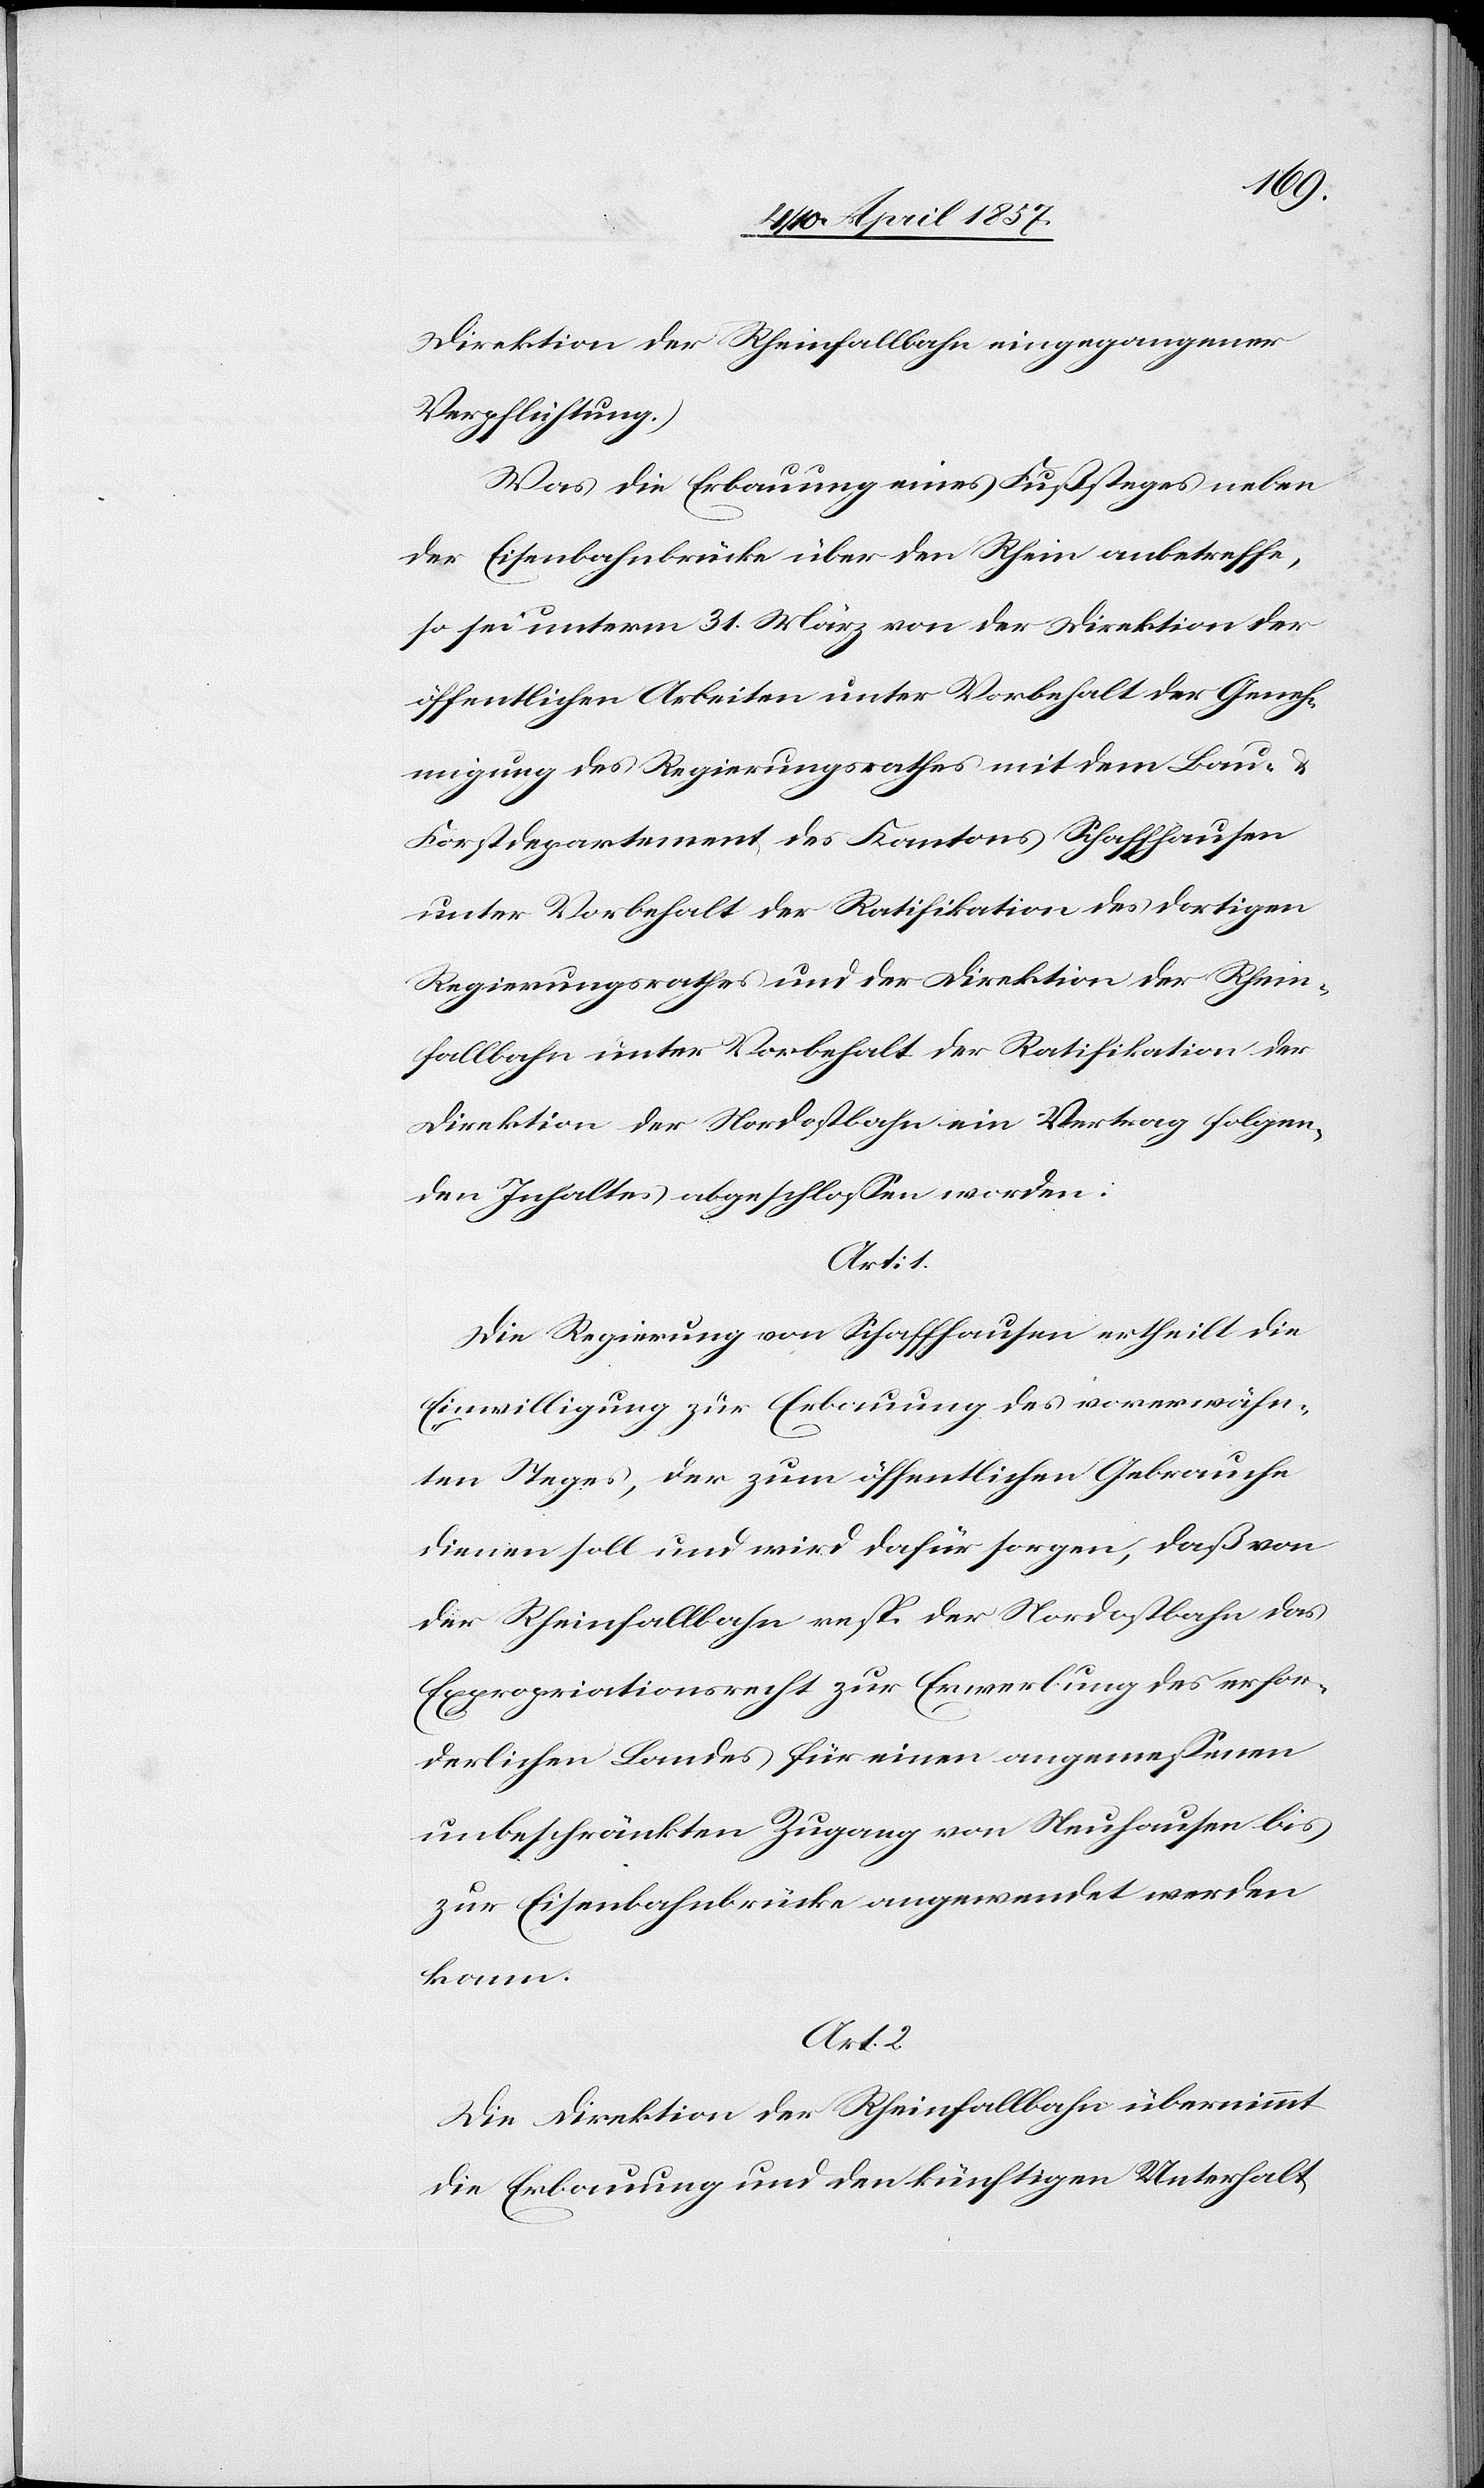
Direktion der Rheinfallbahn eingegangener
Verpflichtung.)
Was die Erbauung eines Fußsteges neben
der Eisenbahnbrücke über den Rhein anbetreffe,
so sei unterm 31. März von der Direktion der
öffentlichen Arbeiten unter Vorbehalt der Geneh¬
migung des Regierungsrathes mit dem Bau-
Forstdepartement des Kantons Schaffhausen
unter Vorbehalt der Ratifikation des dortigen
Regierungsrathes und der Direktion der Rhein¬
fallbahn unter Vorbehalt der Ratifikation der
Direktion der Nordostbahn ein Vertrag folgen¬
den Inhaltes abgeschlossen worden:
Art: 1.
Die Regierung von Schaffhausen ertheilt die
Einwilligung zur Erbauung des vorerwähn¬
ten Steges, der zum öffentlichen Gebrauche
dienen soll und wird dafür sorgen, daß von
der Rheinfallbahn resp. der Nordostbahn das
Expropriationsrecht zur Erwerbung des erfor¬
derlichen Landes für einen angemessenen
unbeschränkten Zugang von Neuhausen bis
zur Eisenbahnbrücke angewendet werden
kann.
Art. 2
Die Direktion der Rheinfallbahn übernimmt
die Erbauung und den künftigen Unterhalt